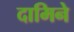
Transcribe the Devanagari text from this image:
दामिने